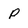
Character: p